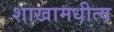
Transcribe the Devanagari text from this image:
शाखामधीत्य